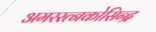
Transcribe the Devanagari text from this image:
अमररत्नकोसिन्द्र